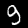
Digit: 9